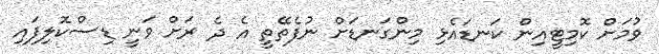
ވުމަށް ކޮމިޓީއިން ކަނޑައެޅި މިންގަނޑަށް ނުފެތޭތީ އެ ދެ ރަށް ވަނީ ޑިސްކޮލިފައި